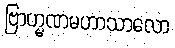
ဗြာဟ္မဏမဟာသာလော